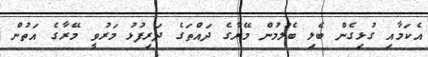
އެކަމާއި ގުޅިގެން ބެލި ބެލުމުން މޭރާގެ ދައްތަގެ ދަރިފުޅު މަރުވީ މޭރާގެ އަތުން